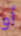
أو